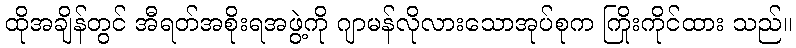
ထိုအချိန်တွင် အီရတ်အစိုးရအဖွဲ့ကို ဂျာမန်လိုလားသောအုပ်စုက ကြိုးကိုင်ထား သည်။